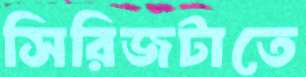
সিরিজটাতে